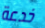
خدعة